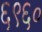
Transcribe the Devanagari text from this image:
६९६०